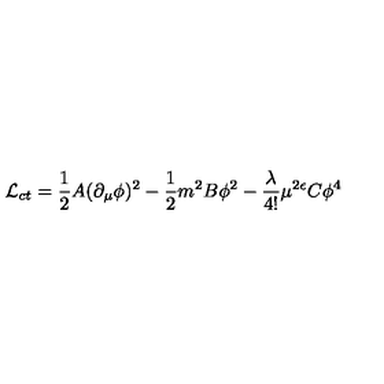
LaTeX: { \cal L } _ { c t } = { \frac { 1 } { 2 } } A ( \partial _ { \mu } \phi ) ^ { 2 } - { \frac { 1 } { 2 } } m ^ { 2 } B \phi ^ { 2 } - { \frac { \lambda } { 4 ! } } \mu ^ { 2 \epsilon } C \phi ^ { 4 }